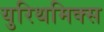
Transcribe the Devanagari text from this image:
युरिथमिक्स